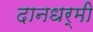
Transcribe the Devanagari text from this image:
दानधर्मी